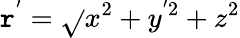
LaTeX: \mathtt{r}^{'}=\sqrt{}{{x^{2}+y^{'2}+z^{2}}}